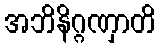
အဘိနိဂ္ဂဏှာတိ